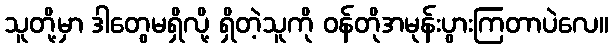
သူတို့မှာ ဒါတွေမရှိလို့ ရှိတဲ့သူကို ဝန်တိုအမုန်းပွားကြတာပဲလေ။